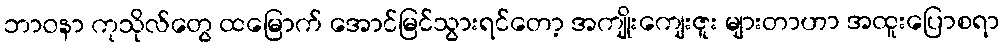
ဘာဝနာ ကုသိုလ်တွေ ထမြောက် အောင်မြင်သွားရင်တော့ အကျိုးကျေးဇူး များတာဟာ အထူးပြောစရာ